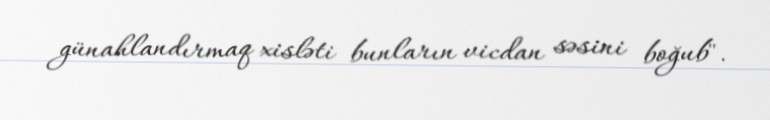
günahlandırmaq xisləti bunların vicdan səsini boğub".